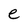
Character: e